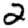
Digit: 2